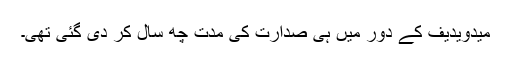
میدویدیف کے دور میں ہی صدارت کی مدت چھ سال کر دی گئی تھی۔